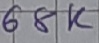
Text: 68K